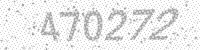
Solution: 470272